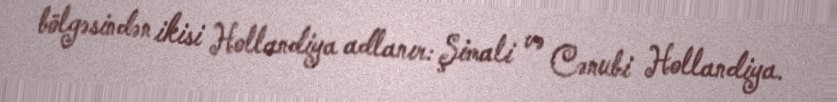
bölgəsindən ikisi Hollandiya adlanır: Şimali və Cənubi Hollandiya.